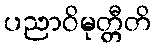
ပညာဝိမုတ္တီတိ